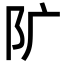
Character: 𨸘